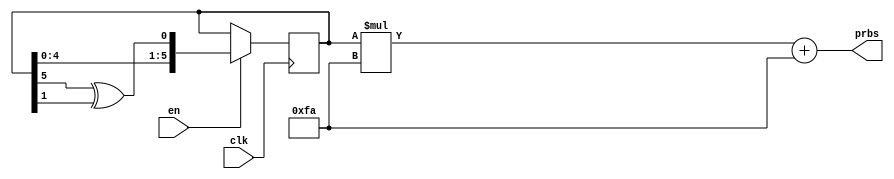
module lfsr (
	clk,
	en,
	prbs
);

parameter BIT_SZ = 6;

//------------------ ports ------------------------
input clk;
input en;
output [13:0] prbs;

//------------------ declarations ----------------
reg [5:0] sreg;
initial sreg = 6'b111111;

wire [5:0] new_val = {sreg[4:0], sreg[5] ^ sreg[1]};

always @ (posedge clk) begin
	if (en == 1)
		sreg <= new_val;
end

assign prbs = sreg * 8'd250 + 14'd250;

endmodule